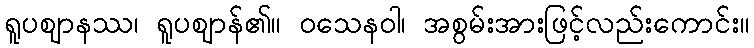
ရူပဈာနဿ၊ ရူပဈာန်၏။ ဝသေနဝါ၊ အစွမ်းအားဖြင့်လည်းကောင်း။